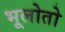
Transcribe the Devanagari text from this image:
भूलोतो